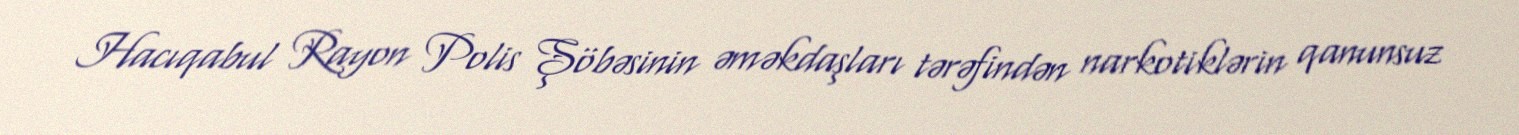
Hacıqabul Rayon Polis Şöbəsinin əməkdaşları tərəfindən narkotiklərin qanunsuz